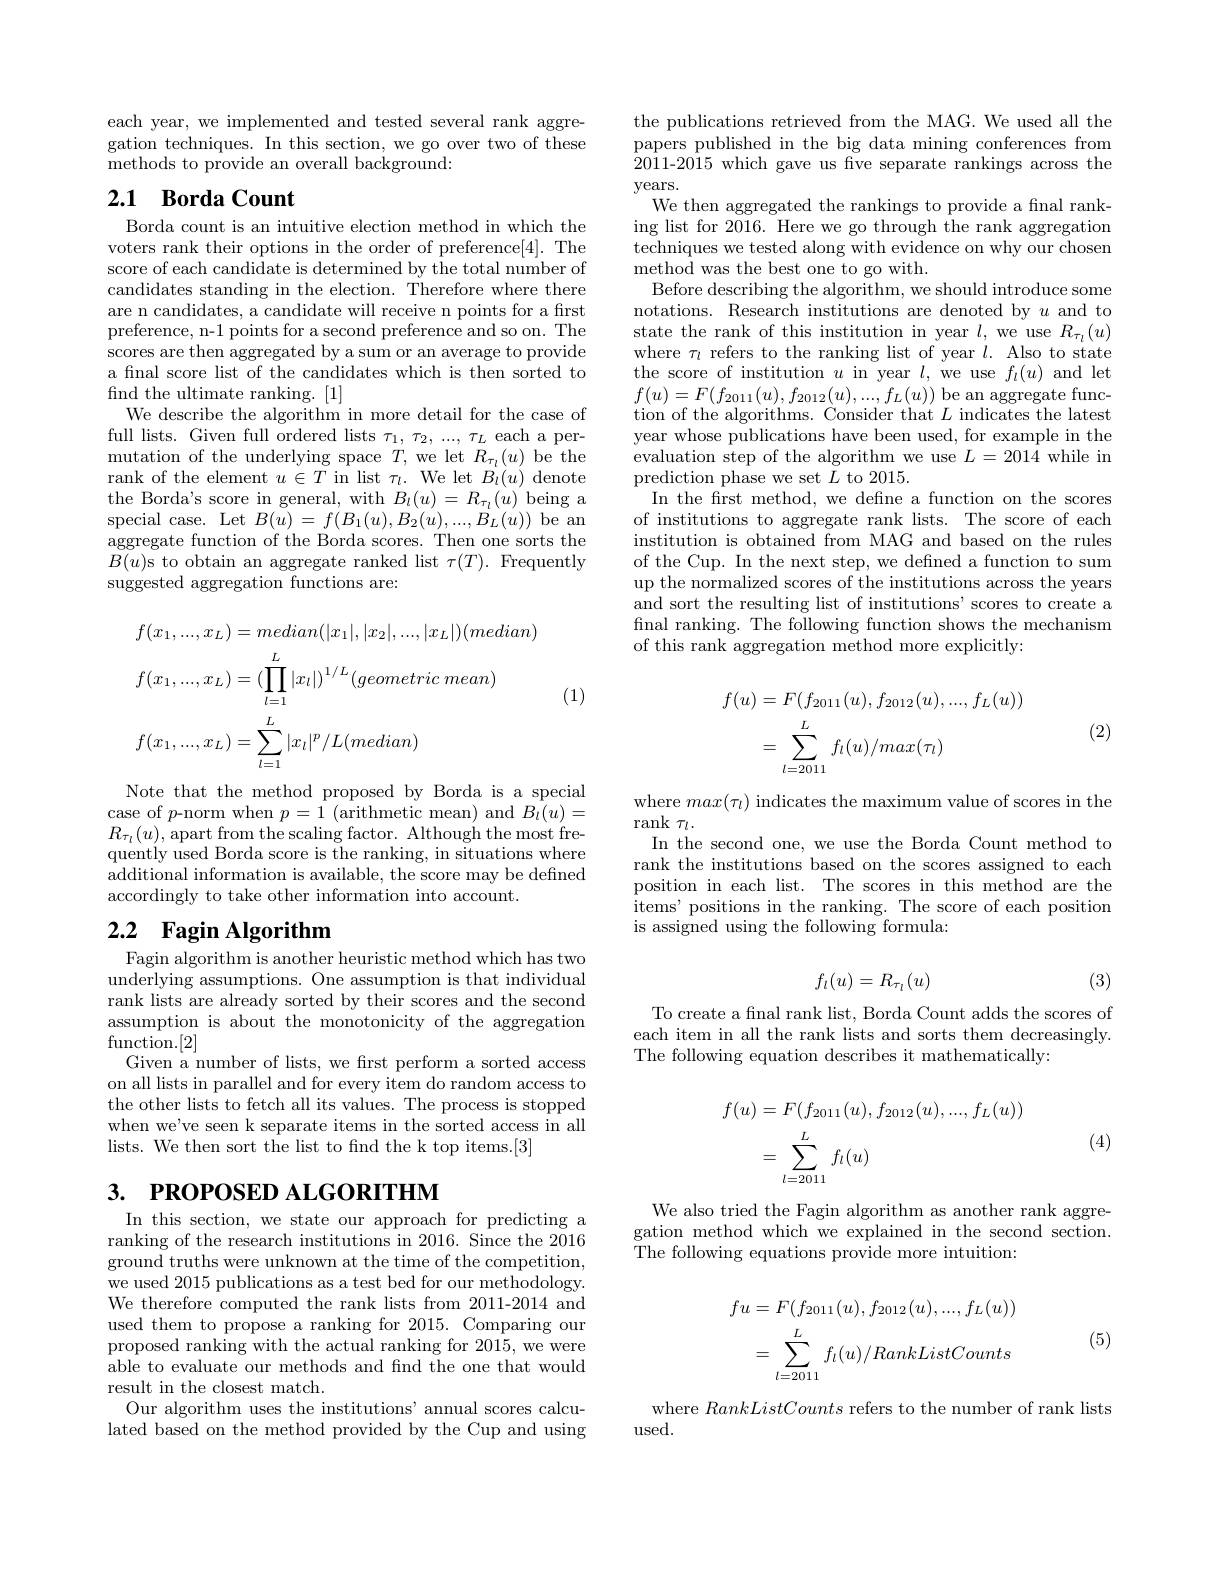
each year, we implemented and tested several rank aggregation techniques. In this section, we go over two of these methods to provide an overall background:

## 2.1 Borda Count

Borda count is an intuitive election method in which the voters rank their options in the order of preference[4]. The score of each candidate is determined by the total number of candidates standing in the election. Therefore where there are n candidates, a candidate will receive n points for a first preference, n-1 points for a second preference and so on. The scores are then aggregated by a sum or an average to provide a fnal score list of the candidates which is then sorted to find the ultimate ranking. [1]
We describe the algorithm in more detail for the case of full lists. Given full ordered lists $\tau_1,\tau_2,...,\tau_L$ each a permutation of the underlying space $T$,we let $R_\tau_l(u)$ be the rank of the element $u\in T$ in list $\tau_l.$ We let $B_l(u)$ denote the Borda's score in general, with $B_l(u)=R_{\tau_l}(u)$ being a special case. Let $B(\bar{u})=f(B_{1}(u),B_{2}(u),...,B_{L}(u))$ be an aggregate function of the Borda scores. Then one sorts the $B(u)$s to obtain an aggregate ranked list $\tau(T).$ Frequently suggested aggregation functions are:
$$\begin{aligned}&f(x_{1},...,x_{L})=median(|x_{1}|,|x_{2}|,...,|x_{L}|)(median)\\&f(x_{1},...,x_{L})=(\prod_{l=1}^{L}|x_{l}|)^{1/L}(geometric\:mean)\\&f(x_{1},...,x_{L})=\sum_{l=1}^{L}|x_{l}|^{p}/L(median)\end{aligned}$$
(1)

Note that the method proposed by Borda is a special case of $p$-norm when $p= 1\allowbreak ( {\mathrm{mod}} $arithmetic mean) and $) B_l( u) =$ $R_{\tau_{l}}(u)$,apart from the scaling factor. Although the most frequently used Borda score is the ranking, in situations where additional information is available, the score may be defined accordingly to take other information into account.

# 2.2 Fagin Algorithm

Fagin algorithm is another heuristic method which has two underlying assumptions. One assumption is that individual rank lists are already sorted by their scores and the second assumption is about the monotonicity of the aggregation $\mathop{\text{function.}[2]}$
Given a number of lists, we first perform a sorted access on all lists in parallel and for every item do random access to the other lists to fetch all its values. The process is stopped when we've seen k separate items in the sorted access in all lists. We then sort the list to find the k top items.[3]

# 3. РROPOSED ALGORITHM

In this section, we state our approach for predicting a ranking of the research institutions in 2016. Since the 2016 ground truths were unknown at the time of the competition, we used 2015 publications as a test bed for our methodology. We therefore computed the rank lists from 2011-2014 and used them to propose a ranking for 2015. Comparing our proposed ranking with the actual ranking for 2015, we were able to evaluate our methods and find the one that would result in the closest match.
Our algorithm uses the institutions' annual scores calculated based on the method provided by the Cup and using

the publications retrieved from the MAG. We used all the papers published in the big data mining conferences from $\hat{201}$1-2015 which gave us five separate rankings across the years.
We then aggregated the rankings to provide a fnal ranking list for 2016. Here we go through the rank aggregation techniques we tested along with evidence on why our chosen method was the best one to go with.
Before describing the algorithm, we should introduce some notations. Research institutions are denoted by $u$ and to state the rank of this institution in year $l$, we use $R_{\tau_{l}}(u)$ where $\tau_l$ refers to the ranking list of year $l.$ Also to state the score of institution $u$ in year $l$, we use $f_l(u)$ and let $f(u)=F(f_{2011}(u),f_{2012}(u),...,f_L(u))$ be an aggregate function of the algorithms. Consider that $L$ indicates the latest year whose publications have been used, for example in the evaluation step of the algorithm we use $L=2014$ while in prediction phase we set $L$ to 2015.
In the frst method, we define a function on the scores of institutions to aggregate rank lists. The score of each institution is obtained from MAG and based on the rules of the Cup. In the next step, we defined a function to sum up the normalized scores of the institutions across the years and sort the resulting list of institutions' scores to create a final ranking. The following function shows the mechanism of this rank aggregation method more explicitly:
$$\begin{aligned}f(u)&=F(f_{2011}(u),f_{2012}(u),...,f_{L}(u))\\&=\sum_{l=2011}^{L}f_{l}(u)/max(\tau_{l})\end{aligned}$$
(2)

where $max(\tau_l)$ indicates the maximum value of scores in the
$\operatorname{rank}\tau_l.$
In the second one, we use the Borda Count method to rank the institutions based on the scores assigned to each position in each list. The scores in this method are the items' positions in the ranking. The score of each position is assigned using the following formula:

(3)
$$f_l(u)=R_{\tau_l}(u)$$
To create a final rank list, Borda Count adds the scores of each item in all the rank lists and sorts them decreasingly. The following equation describes it mathematically:
$$\begin{aligned}f(u)&=F(f_{2011}(u),f_{2012}(u),...,f_{L}(u))\\&=\sum_{l=2011}^{L}f_{l}(u)\end{aligned}$$
(4)

We also tried the Fagin algorithm as another rank aggregation method which we explained in the second section. ${\mathrm{The~following~equations~provide~more~intuition:}}$
$$\begin{aligned}fu&=F(f_{2011}(u),f_{2012}(u),...,f_{L}(u))\\&=\sum_{l=2011}^{L}f_{l}(u)/RankListCounts\end{aligned}$$
(5)

where RankListCounts refers to the number of rank lists
$\operatorname{used}.$